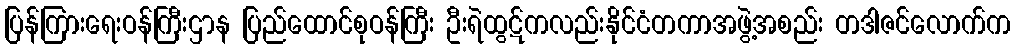
ပြန်ကြားရေးဝန်ကြီးဌာန ပြည်ထောင်စုဝန်ကြီး ဦးရဲထွဋ်ကလည်းနိုင်ငံတကာအဖွဲ့အစည်း တဒါဇင်လောက်က